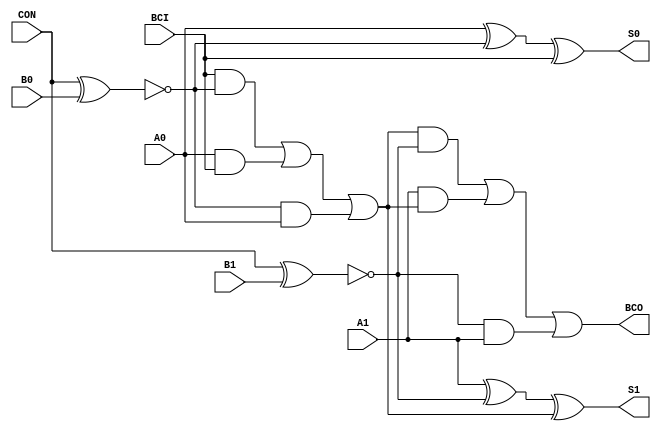
// --------------------------------------------------------------------
// >>>>>>>>>>>>>>>>>>>>>>>>> COPYRIGHT NOTICE <<<<<<<<<<<<<<<<<<<<<<<<<
// --------------------------------------------------------------------
// Copyright (c) 2005 by Lattice Semiconductor Corporation
// --------------------------------------------------------------------
//
//
//                     Lattice Semiconductor Corporation
//                     5555 NE Moore Court
//                     Hillsboro, OR 97214
//                     U.S.A.
//
//                     TEL: 1-800-Lattice  (USA and Canada)
//                          1-408-826-6000 (other locations)
//
//                     web: http://www.latticesemi.com/
//
// --------------------------------------------------------------------
//
// Simulation Library File for EC/XP
//
// $Header: /home/dmsys/pvcs/RCSMigTest/rcs/verilog/pkg/versclibs/data/orca5mg/RCS/FADSU2.v,v 1.3 2005/05/19 20:08:33 pradeep Exp $ 
//
`resetall
`timescale 1 ns / 1 ps

`celldefine

module FADSU2 (A0, A1, B0, B1, BCI, CON, BCO, S0, S1);
input  A0, A1, B0, B1, BCI, CON;
output BCO, S0, S1;


and INST10 (I3, BCI, I9);
and INST11 (I4, A0, BCI);
or INST12 (I6, I3, I4, I5);
xor INST13 (S0, A0, I9, BCI);
xnor INST14 (I9, CON, B0);

and INST2 (I5, I9, A0);
and INST30 (I27, I23, A1);
and INST31 (I25, I6, I23);
and INST32 (I26, A1, I6);
or INST33 (BCO, I25, I26, I27);
xor INST34 (S1, A1, I23, I6);
xnor INST35 (I23, CON, B1);


endmodule 

`endcelldefine